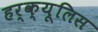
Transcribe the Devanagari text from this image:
हर्क्यूलिस